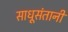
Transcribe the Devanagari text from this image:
साधूसंतानी